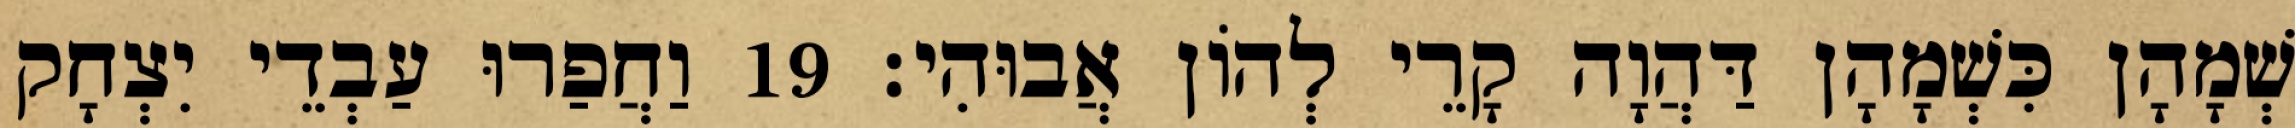
שְׁמָהָן כִּשְׁמָהָן דַּהֲוָה קָרֵי לְהוֹן אֲבוּהִי׃ 19 וַחֲפַרוּ עַבְדֵי יִצְחָק